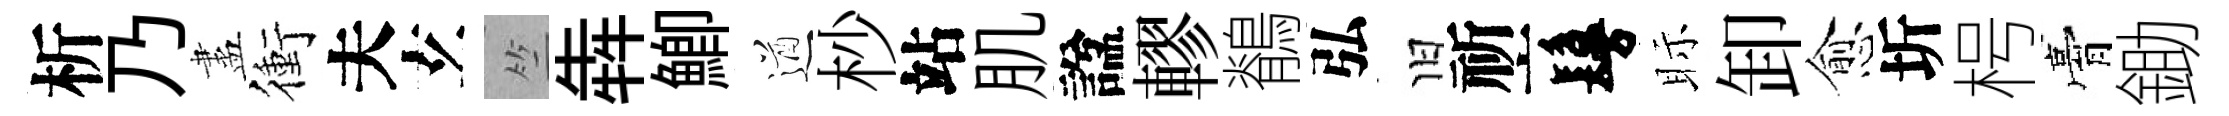
析乃盡衝夫𤣥竺犇鯽遒杪站肌諡轇鶺弘旧祈鬘眎卸愈圻枵膏鋤